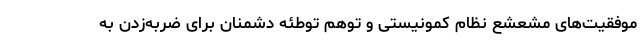
موفقیت‌های مشعشع نظام کمونیستی و توهم توطئه دشمنان برای ضربه‌زدن به